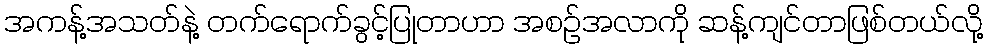
အကန့်အသတ်နဲ့ တက်ရောက်ခွင့်ပြုတာဟာ အစဉ်အလာကို ဆန့်ကျင်တာဖြစ်တယ်လို့